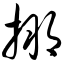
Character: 搠